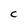
Character: C